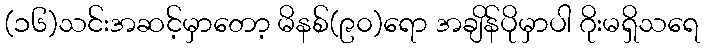
(၁၆)သင်းအဆင့်မှာတော့ မိနစ်(၉၀)ရော အချိန်ပိုမှာပါ ဂိုးမရှိသရေ